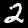
Digit: 2